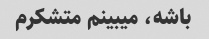
باشه، میبینم متشکرم